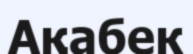
Ақабек